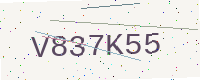
Text: V837K55